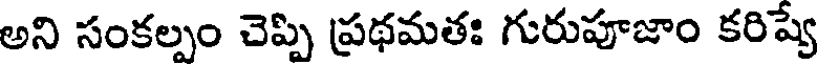
అని సంకల్పం చెప్పి ప్రథమతః గురుపూజాం కరిష్యే